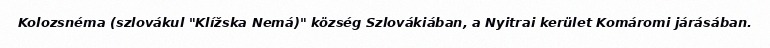
Kolozsnéma (szlovákul "Klížska Nemá)" község Szlovákiában, a Nyitrai kerület Komáromi járásában.